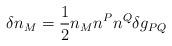
LaTeX: \begin{align*}\delta n_{M}=\frac{1}{2}n_{M}n^{P}n^{Q}\delta g_{PQ}\end{align*}